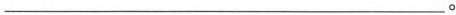
___。